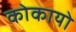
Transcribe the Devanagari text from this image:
कोकायो